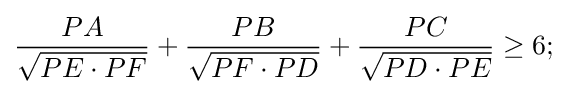
{\frac {PA}{\sqrt {PE\cdot PF}}}+{\frac {PB}{\sqrt {PF\cdot PD}}}+{\frac {PC}{\sqrt {PD\cdot PE}}}\geq 6;